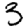
Digit: 3